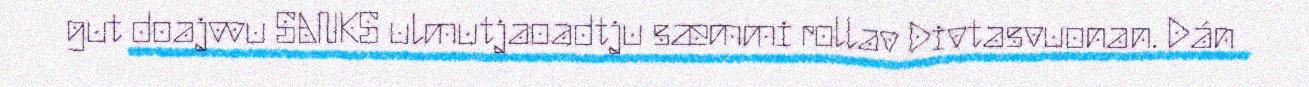
gut doajvvu SANKS ulmutjaoadtju sæmmi rollav Divtasvuonan. Dán